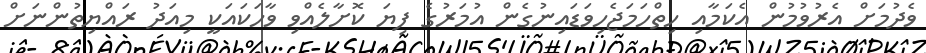
ވެދުމަށް އެރުވުމުން އެކަމާއި ހިތްހަމަޖެހިވަޑައިނުގެން އުމަރުގެ ފިޔަ ކޮށާލެއްވި ވާހަކައަކީ މިއަދު ރައްޔިތުންނަށް